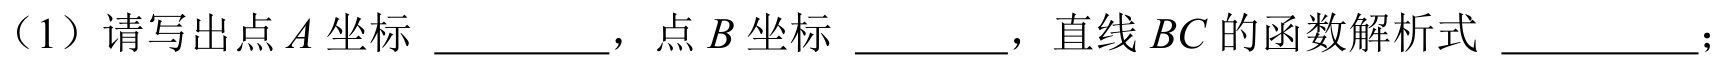
（1）请写出点$A$坐标 \_\_\_\_\_\_，点$B$坐标 \_\_\_\_\_，直线$BC$的函数解析式 \_\_\_\_\_\_\_；